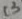
Text: C3